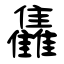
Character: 雥